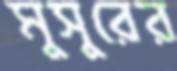
মুসুরের